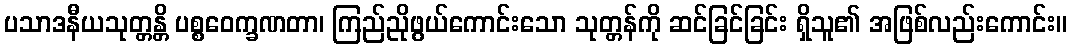
ပသာဒနီယသုတ္တန္တိ ပစ္စဝေက္ခဏတာ၊ ကြည်ညိုဖွယ်ကောင်းသော သုတ္တန်ကို ဆင်ခြင်ခြင်း ရှိသူ၏ အဖြစ်လည်းကောင်း။